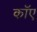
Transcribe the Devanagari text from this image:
काॅए